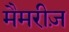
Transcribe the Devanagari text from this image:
मैमरीज़